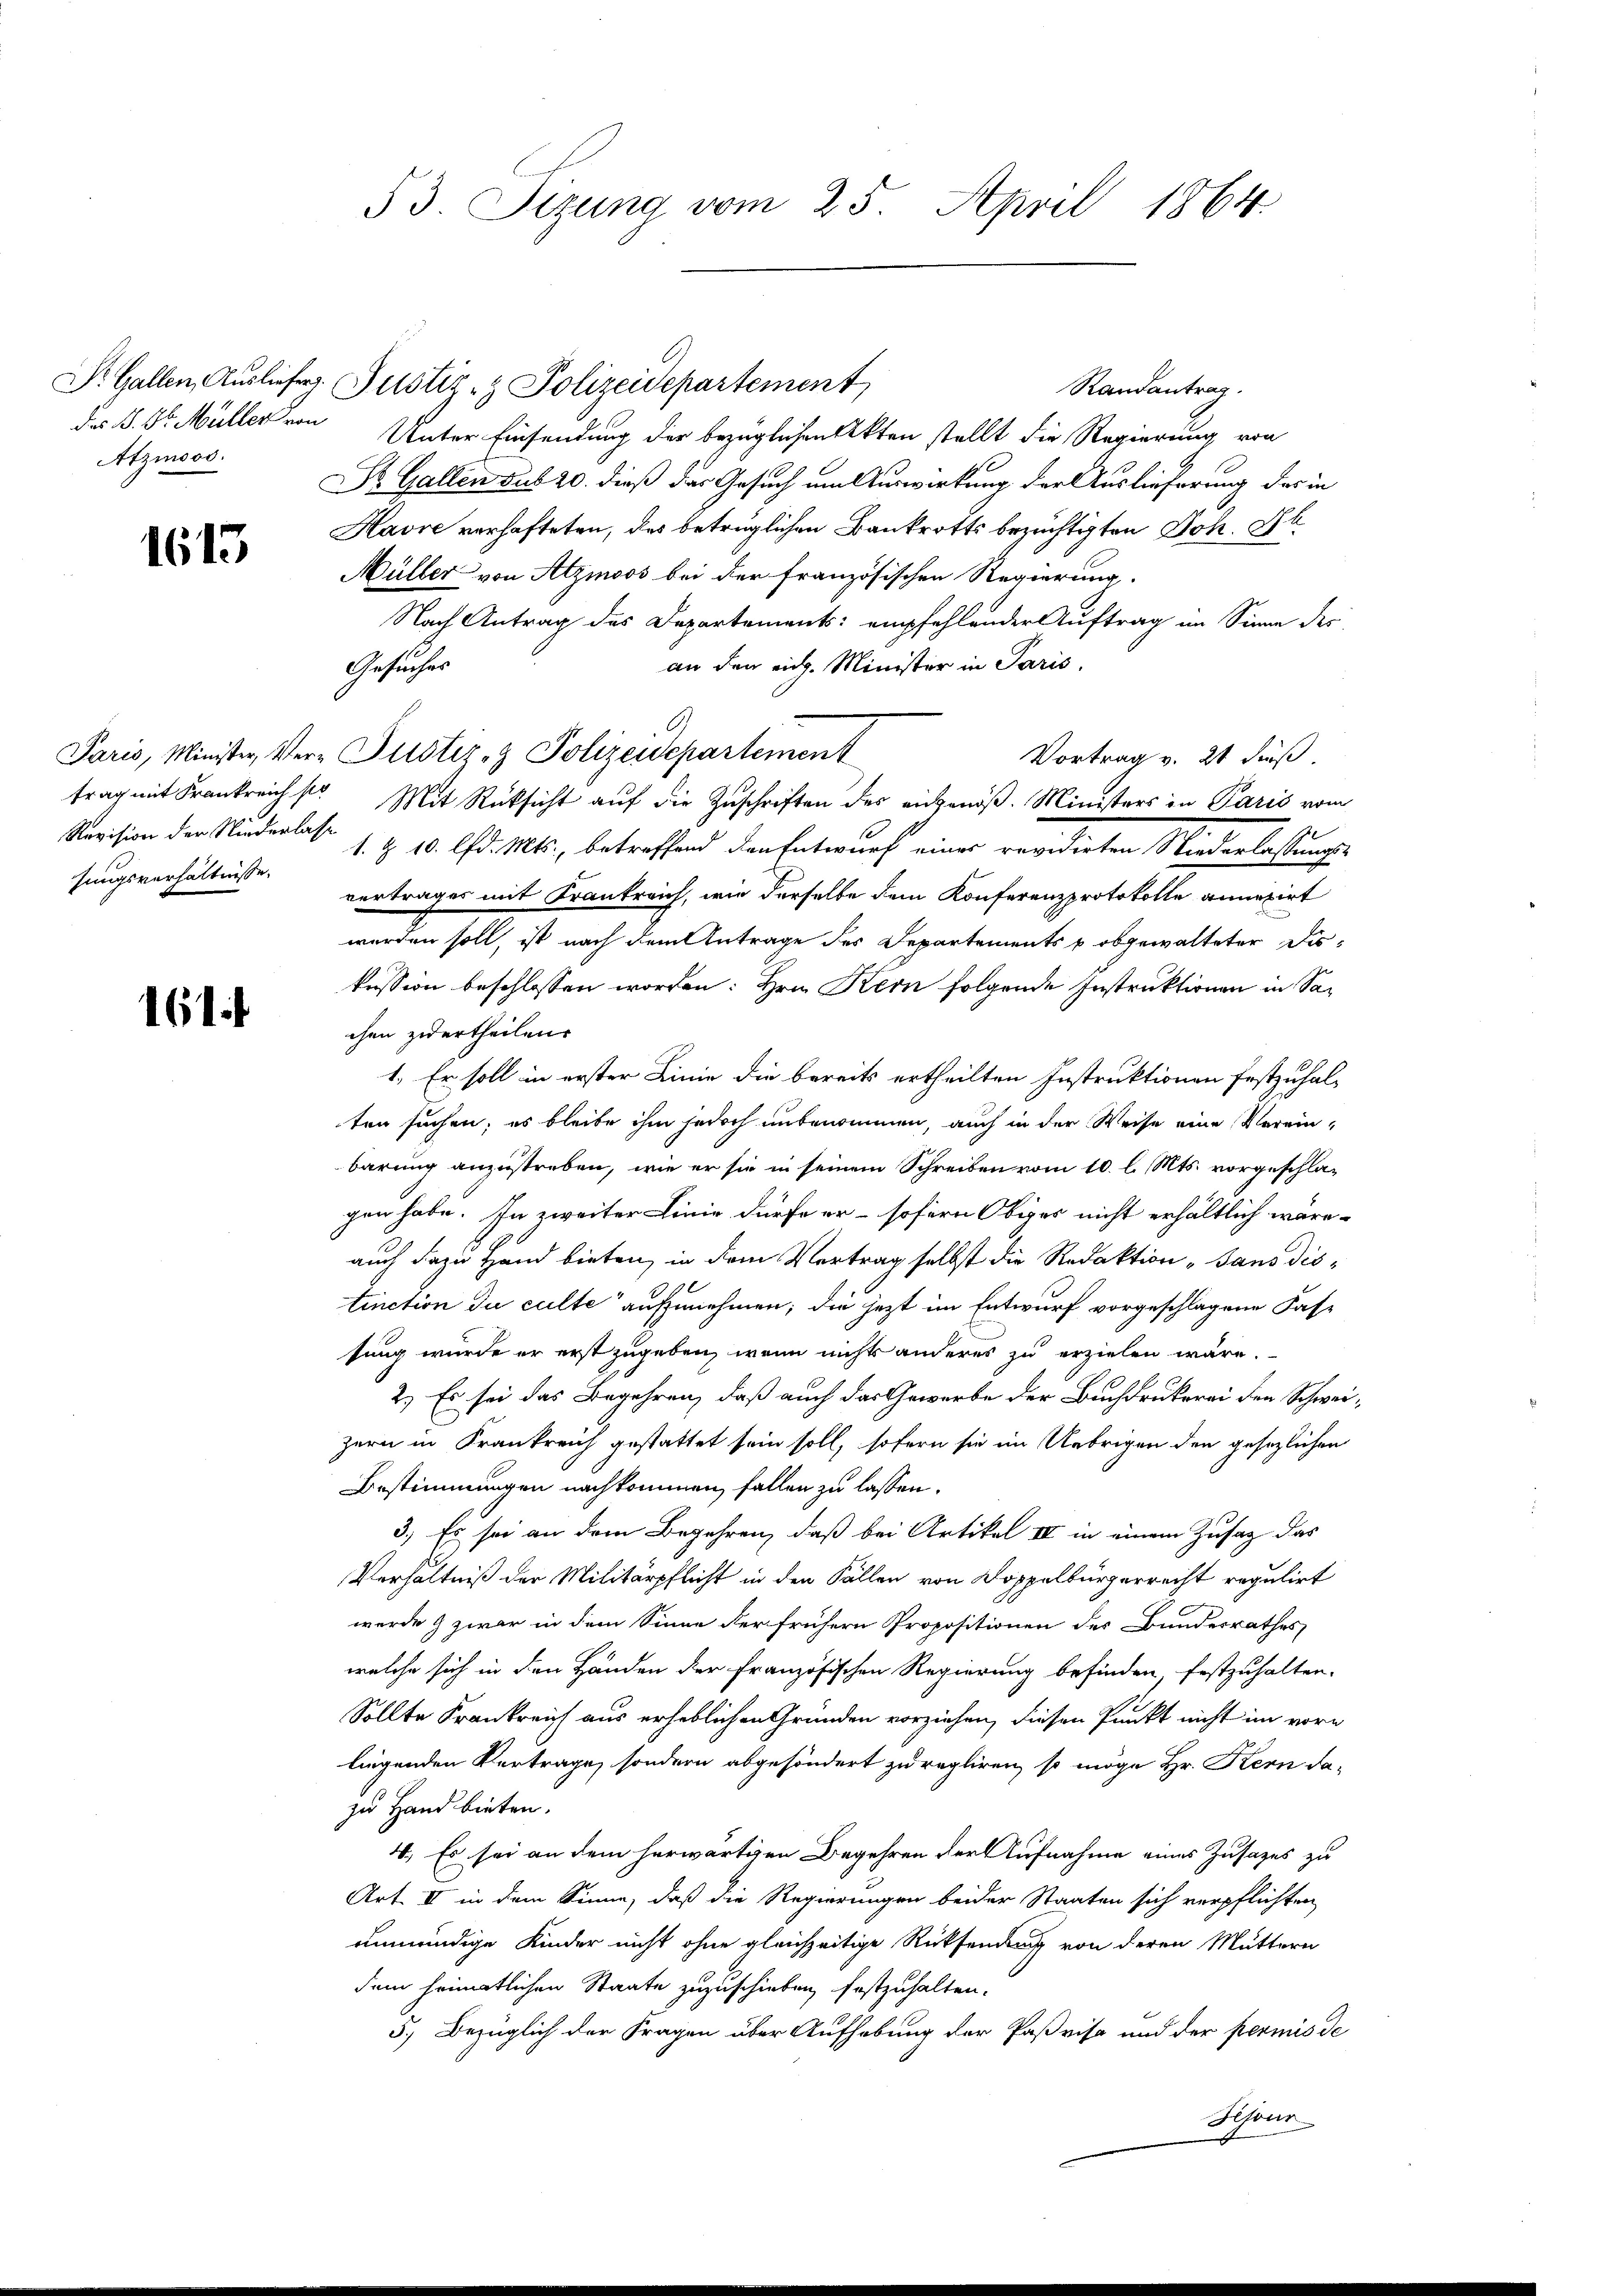
Atzmoos.

1613

Revision der Niederlasse
hungsverhältnisse.

161.

53. Sizung vom 25. April 1864.

Randantrag.
des §. 8. Müller von Unter Einsendung der bezüglichen Akten stellt die Regierung von
St. Gallen sub 20. dieß das Gesuch um Auswirkung der Auslieferung des in
Havre verhafteten, das betrüglichen Bankrotts bezüchtigten Joh. Gl
Müller von Atzmoos bei der französischen Regierung.
Nach Antrag des Departements empfehlender Auftrag im Sinne des
an den eidg. Minister in Paris,
Gesucher
A
Paris, Minister, Ver-Justiz- & Polizeidepartement
Vortrag v. 21 Fuß.
trag mit Frankreiche Mit Rücksicht aŭf die Zuschriften des angenöß. Ministers in Paris vom
1. Z. 10. lfd. Mts., betreffend den Entwurf einer revidirten Niederlassungs-
vertrages mit Krankreich, wie derselbe dem Konferenzprotokolle annegirt
werden soll, ist nach dem Antrage des Departements u obgewalteter Diskussion beschlossen worden: Hrn. Kern folgende Instruktionen in Sachen zuertheilen.
1. Er soll in erster Linie die bereits ertheilten Instruktionen festzuhal-
ten suchen; es bleibe ihm jedoch unbenommen, auch in der Weise eine Verein-
barung anzustreben, wie er sie in seinem Schreiben vom 10. l. Mts. vorgeschlagen habe. In zweiter Linie dürfe er sofern Obiges nicht erhältlich wäre.
auch dazu Hand bieten, in dem Vertrag selbst die Redaktion „Sans distinction du culte aufzunehmen; die jezt im Entwurf vorgeschlagene Fassung wurde er erst zugeben, wenn nichts anderes zu erzielen wäre.
2.) Es sei das Begehren, daß auch das Gewerbe der Buchdrukerei den Schweizern in Krankreich gestattet sein soll, sofern sie im Uebrigen den gesezlichen
Bestimmungen nachkommen, fallen zu lassen.
3.) Es sei an dem Begehren, daß bei Artikel IV in einem Zusatz das
Verhältniß der Militärpflicht in den Fällen von Doppelbürgerrecht regulirt
werde & zwar in dem Sinne der frühern Propositionen des Bundesrathes
welche sich in den Händen der Französischen Regierung befinden, festzuhalten.
Sollte Krankreich aus erheblichen Gründen vorziehen, diesen Punkt nicht im vorn
liegenden Vertrage, sondern abgesöndert zu regliren, so möge Hr. Kern da-
zu Hand bieten.
4.) Es sei an dem herwärtigen Begehren der Aufnahme eines Zusages zu
Art. II in dem Sinne, daß die Regierungen beider Staaten sich verpflichten
unmündige Kinder nicht ohne gleichzeitige Rücksendung von deren Muttern
dem heimatlichen Staate zuzuschieben, festzuhalten.
5.) Bezüglich der Fragen über Aufhebung der Paßvisa und der permis de
Schöne

Dr. Gallen, Auslieferg. Justiz- & Polizeidepartement